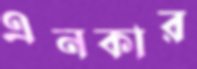
এনকার